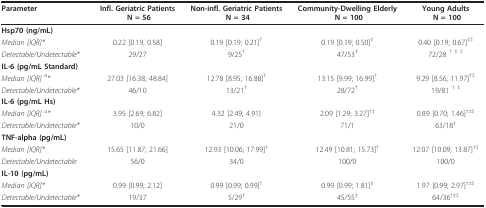
<table><thead><tr><td><b>Parameter</b></td><td><b>Infl. Geriatric Patients N = 56</b></td><td><b>Non-infl. Geriatric Patients N = 34</b></td><td><b>Community-Dwelling Elderly N = 100</b></td><td><b>Young Adults N = 100</b></td></tr></thead><tbody><tr><td><b>Hsp70 (ng/mL)</b></td><td></td><td></td><td></td><td></td></tr><tr><td><i>Median [IQR]*</i></td><td>0.22 [0.19; 0.58]</td><td>0.19 [0.19; 0.21]<sup>†</sup></td><td>0.19 [0.19; 0.50]<sup>‡</sup></td><td>0.40 [0.19; 0.67]<sup>‡$</sup></td></tr><tr><td><i>Detectable/Undetectable*</i></td><td>29/27</td><td>9/25<sup>†</sup></td><td>47/53<sup>‡</sup></td><td>72/28 <sup>† </sup><sup>‡ </sup><sup>$</sup></td></tr><tr><td><b>IL-6 (pg/mL Standard)</b></td><td></td><td></td><td></td><td></td></tr><tr><td><i>Median [IQR] </i><sup><i>a</i></sup><i>*</i></td><td>27.03 [16.38; 48.84]</td><td>12.78 [8.95; 16.88]<sup>†</sup></td><td>13.15 [9.99; 16.99]<sup>†</sup></td><td>9.29 [8.56; 11.97]<sup>†$</sup></td></tr><tr><td><i>Detectable/Undetectable*</i></td><td>46/10</td><td>13/21<sup>†</sup></td><td>28/72<sup>†</sup></td><td>19/81 <sup>† </sup><sup>‡</sup></td></tr><tr><td><b>IL-6 (pg/mL Hs)</b></td><td></td><td></td><td></td><td></td></tr><tr><td><i>Median [IQR] </i><sup><i>a</i></sup><i>*</i></td><td>3.95 [2.69; 6.82]</td><td>4.32 [2.49; 4.91]</td><td>2.09 [1.29; 3.27]<sup>†‡</sup></td><td>0.89 [0.70; 1.46]<sup>†‡$</sup></td></tr><tr><td><i>Detectable/Undetectable*</i></td><td>10/0</td><td>21/0</td><td>71/1</td><td>63/18<sup>‡</sup></td></tr><tr><td><b>TNF-alpha (pg/mL)</b></td><td></td><td></td><td></td><td></td></tr><tr><td><i>Median [IQR]*</i></td><td>15.65 [11.87; 21.66]</td><td>12.93 [10.06; 17.99]<sup>†</sup></td><td>12.49 [10.81; 15.73]<sup>†</sup></td><td>12.07 [10.09; 13.87]<sup>†$</sup></td></tr><tr><td><i>Detectable/Undetectable</i></td><td>56/0</td><td>34/0</td><td>100/0</td><td>100/0</td></tr><tr><td><b>IL-10 (pg/mL)</b></td><td></td><td></td><td></td><td></td></tr><tr><td><i>Median [IQR]*</i></td><td>0.99 [0.99; 2.12]</td><td>0.99 [0.99; 0.99]<sup>†</sup></td><td>0.99 [0.99; 1.81]<sup>‡</sup></td><td>1.97 [0.99; 2.97]<sup>†‡$</sup></td></tr><tr><td><i>Detectable/Undetectable*</i></td><td>19/37</td><td>5/29<sup>†</sup></td><td>45/55<sup>‡</sup></td><td>64/36<sup>†‡$</sup></td></tr></tbody></table>